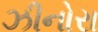
ઝીનોરા